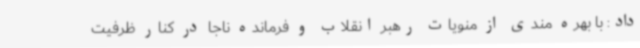
داد: با بهره مندی از منویات رهبر انقلاب و فرمانده ناجا در کنار ظرفیت